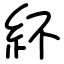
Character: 紑